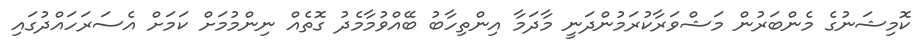
ކޮމިޝަނުގެ މެންބަރުން މަޝްވަރާކުރަމުންދަނީ މާދަމާ އިންތިހާބު ބޭއްވުމާމެދު ގޮތެއް ނިންމުމަށް ކަމަށް އެސަރަހައްދުގައި